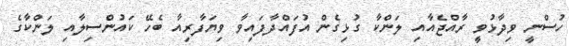
ހުސްނީ ވިދާޅުވީ ރާއްޖެއާއި ލަންކާ ގުޅިގެން އުފައްދާފައިވާ ވިޔަފާރިއާ ބެހޭ ކައުންސިލާއި ލަންކާގެ